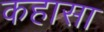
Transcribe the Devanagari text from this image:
कहासा